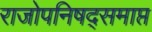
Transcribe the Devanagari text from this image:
राजोपनिषद्समाप्त